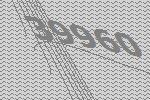
39960